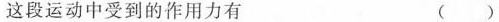
这段运动中受到的作用力有 ()